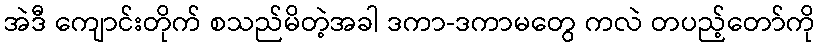
အဲဒီ ကျောင်းတိုက် စသည်မိတဲ့အခါ ဒကာ-ဒကာမတွေ ကလဲ တပည့်တော်ကို